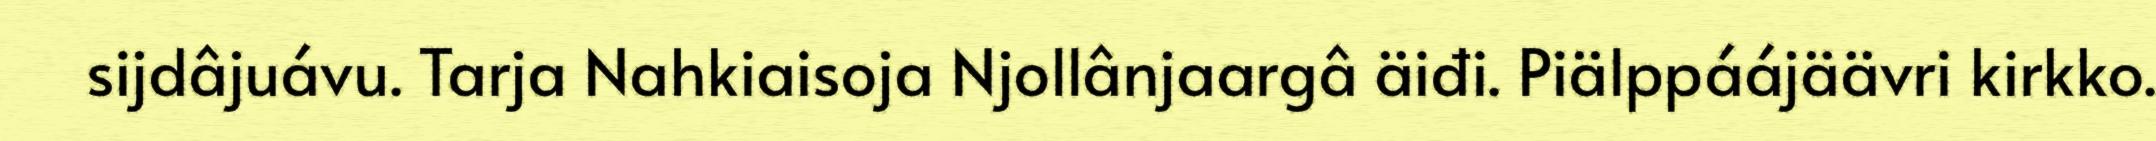
sijdâjuávu. Tarja Nahkiaisoja Njollânjaargâ äiđi. Piälppáájäävri kirkko.